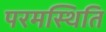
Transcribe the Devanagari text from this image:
परमस्थिति